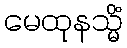
မေထုနသ္မိံ